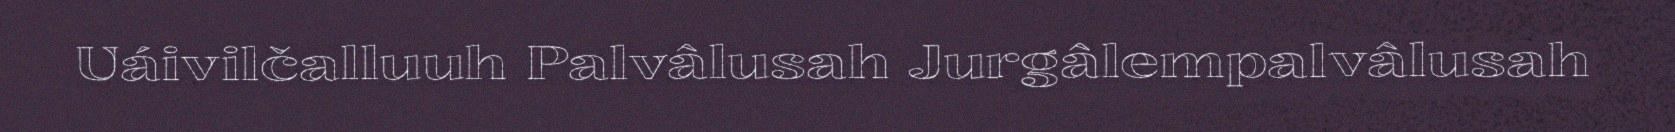
Uáivilčalluuh Palvâlusah Jurgâlempalvâlusah